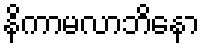
နိကာမလာဘိနော